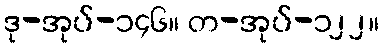
ဒု-အုပ်-၁၄၆။ တ-အုပ်-၁၂၂။